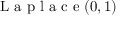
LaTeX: { \textrm { L a p l a c e } } ( 0 , 1 )